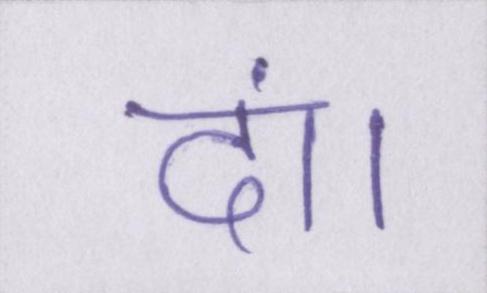
दां।